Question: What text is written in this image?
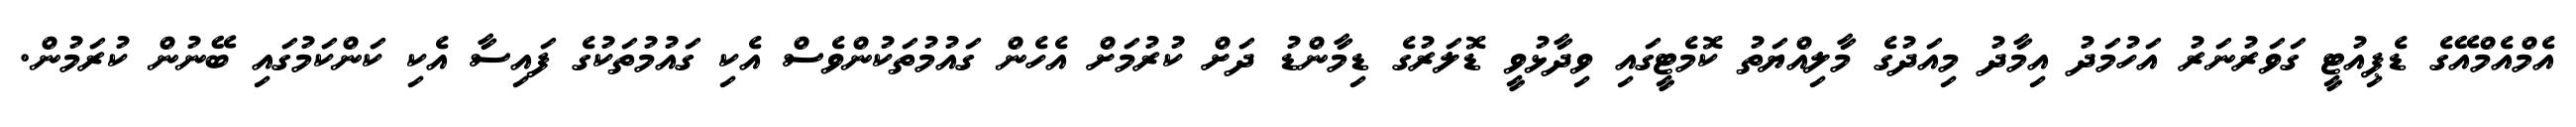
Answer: އެމްއެމްއޭގެ ޑެޕިއުޓީ ގަވަރުނަރު އަހުމަދު އިމާދު މިއަދުގެ މާލިއްޔަތު ކޮމެޓީގައި ވިދާޅުވީ ޑޮލަރުގެ ޑިމާންޑު ދަށް ކުރުމަށް އެހެން ގައުމުތަކުންވެސް އެކި ގައުމުތަކުގެ ފައިސާ އެކި ކަންކަމުގައި ބޭނުން ކުރަމުން.